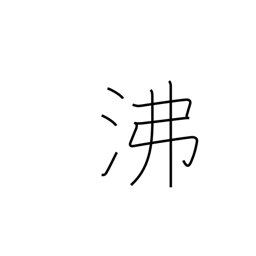
Meaning: breed